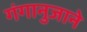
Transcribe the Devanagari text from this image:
गंगानुजाने